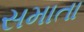
સમાતા